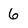
Character: 6